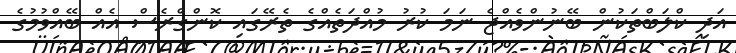
އަދި ކްލަބްތަކުން ބޭނުންވެއްޖެ ނަމަ ކުރު މުއްދަތެއްގެ ތެރޭގައި ކޮންގްރެސް އެއް ބޭއްވުމުގެ